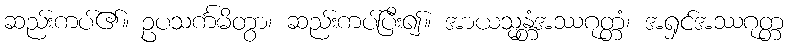
ဆည်းကပ်၏။ ဥပသင်္ကမိတွာ၊ ဆည်းကပ်ပြီး၍။ အာယသ္မန္တံအဿဂုတ္တံ၊ အရှင်အဿဂုတ္တ